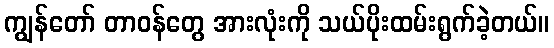
ကျွန်တော် တာဝန်တွေ အားလုံးကို သယ်ပိုးထမ်းရွက်ခဲ့တယ်။